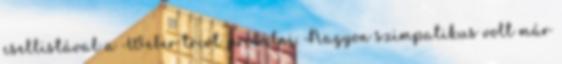
csellistával a Weber triót próbálni. Nagyon szimpatikus volt már